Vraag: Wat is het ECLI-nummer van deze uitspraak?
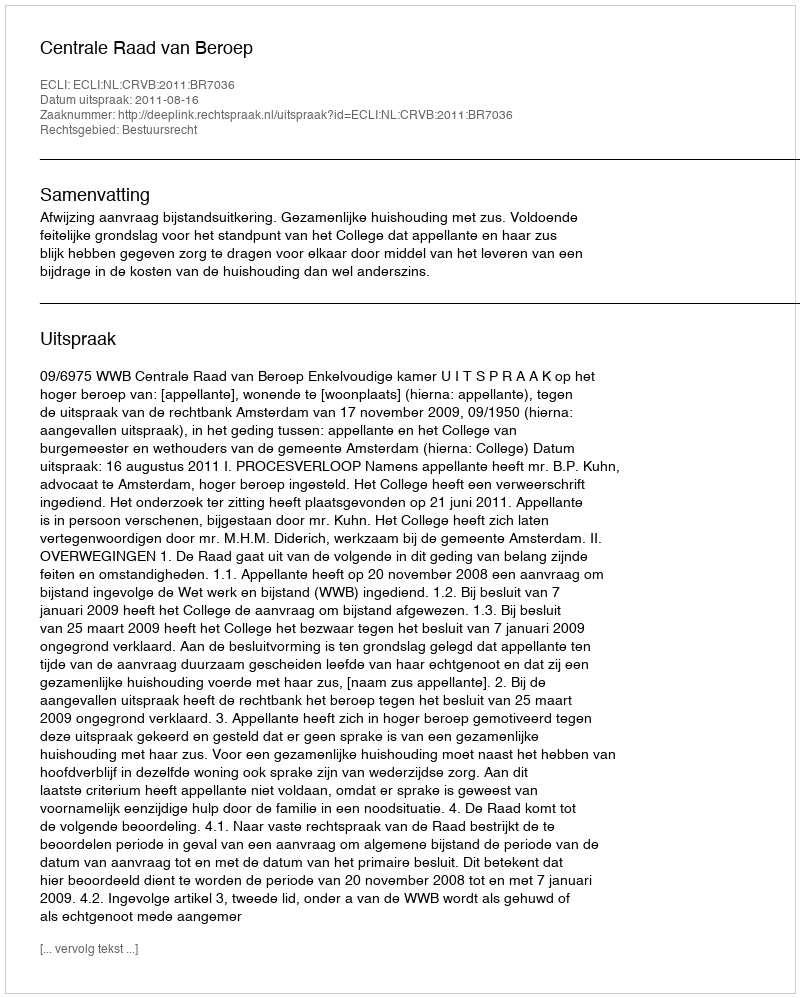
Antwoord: ECLI:NL:CRVB:2011:BR7036